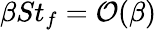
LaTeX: \beta St_{f}=\mathcal{O}(\beta)